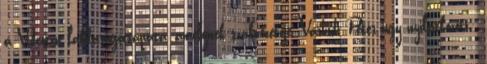
a Videoton labdarúgócsapata, amelynek szakvezetője, Várhidi Péter úgy nyilatkozott: